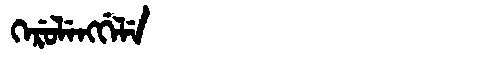
Manchu: ᡴᡝᡵᡠᠯᡝᠩᡤᡝᠯᡝ
Romanization: KERULENGGELE